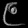
Digit: ၉